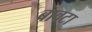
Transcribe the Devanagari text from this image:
बावटा